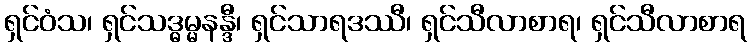
ရှင်ဝံသ၊ ရှင်သဒ္ဓမ္မနန္ဒီ၊ ရှင်သာရဒဿီ၊ ရှင်သီလာစာရ၊ ရှင်သီလာစာရ